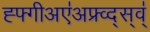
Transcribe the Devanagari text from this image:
ह्फ्गीअए॑अफ्र्व्द्स्व्॑